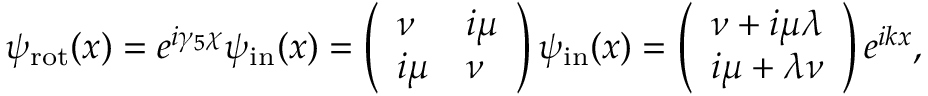
\psi _ { \mathrm { r o t } } ( x ) = e ^ { i \gamma _ { 5 } \chi } \psi _ { \mathrm { i n } } ( x ) = \left( \begin{array} { l l } { { \nu } } & { { i \mu } } \\ { { i \mu } } & { { \nu } } \end{array} \right) \psi _ { \mathrm { i n } } ( x ) = \left( \begin{array} { l } { { \nu + i \mu \lambda } } \\ { { i \mu + \lambda \nu } } \end{array} \right) e ^ { i k x } ,